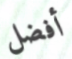
أفضل